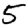
Digit: 5